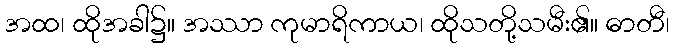
အထ၊ ထိုအခါ၌။ အဿာ ကုမာရိကာယ၊ ထိုသတို့သမီး၏။ ဓာတီ၊